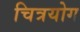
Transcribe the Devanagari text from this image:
चित्रयोग